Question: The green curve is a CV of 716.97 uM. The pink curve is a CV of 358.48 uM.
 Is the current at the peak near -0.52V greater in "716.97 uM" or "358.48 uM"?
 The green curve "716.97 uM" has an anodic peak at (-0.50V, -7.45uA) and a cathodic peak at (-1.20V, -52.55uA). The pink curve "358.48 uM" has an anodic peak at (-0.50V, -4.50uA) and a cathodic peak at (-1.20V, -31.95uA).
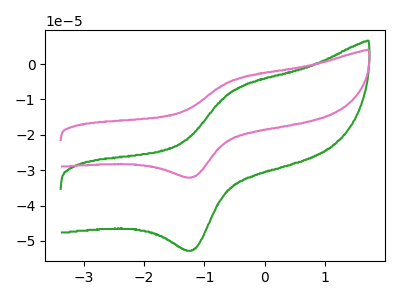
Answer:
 <answer>The peak at -0.52V is lower in "716.97 uM" than in "358.48 uM".</answer>
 <eval>lower</eval>